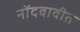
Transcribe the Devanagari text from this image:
नोंदवावीत